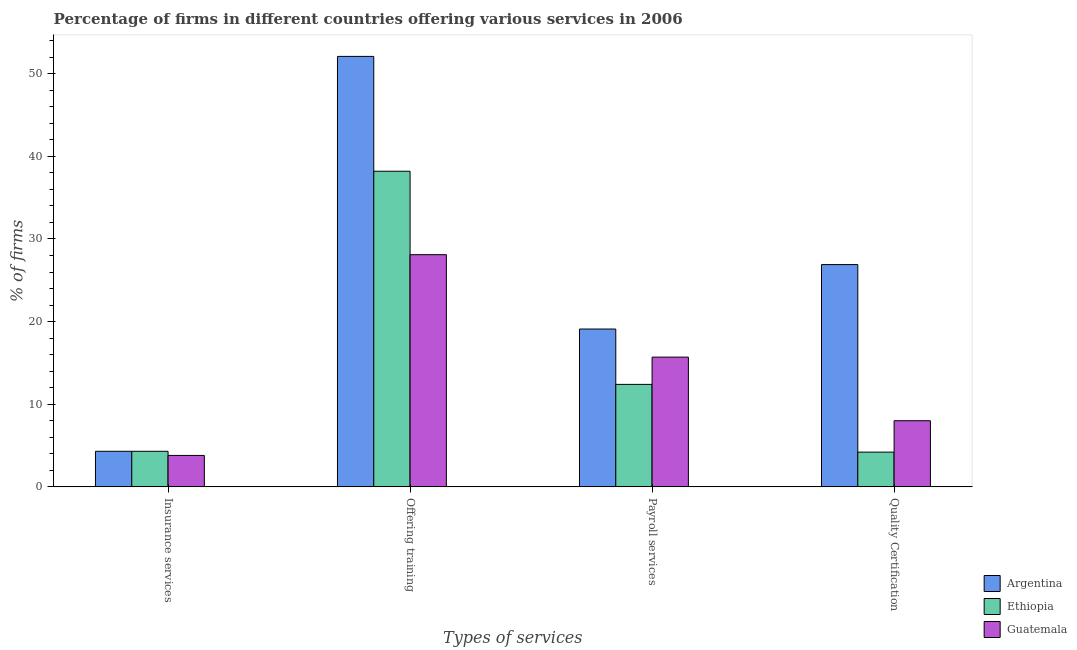
| Types of services | Argentina | Ethiopia | Guatemala |
 | --- | --- | --- | --- |
 | Insurance services | 4.3 | 4.3 | 3.8 |
 | Offering training | 52.1 | 38.2 | 28.1 |
 | Payroll services | 19.1 | 12.4 | 15.7 |
 | Quality Certification | 26.9 | 4.2 | 8 |